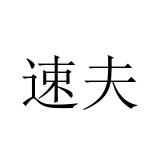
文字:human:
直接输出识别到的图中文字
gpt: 速夫